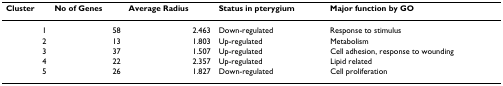
<table><thead><tr><td><b>Cluster</b></td><td><b>No of Genes</b></td><td><b>Average Radius</b></td><td><b>Status in pterygium</b></td><td><b>Major function by GO</b></td></tr></thead><tbody><tr><td>1</td><td>58</td><td>2.463</td><td>Down-regulated</td><td>Response to stimulus</td></tr><tr><td>2</td><td>13</td><td>1.803</td><td>Up-regulated</td><td>Metabolism</td></tr><tr><td>3</td><td>37</td><td>1.507</td><td>Up-regulated</td><td>Cell adhesion, response to wounding</td></tr><tr><td>4</td><td>22</td><td>2.357</td><td>Up-regulated</td><td>Lipid related</td></tr><tr><td>5</td><td>26</td><td>1.827</td><td>Down-regulated</td><td>Cell proliferation</td></tr></tbody></table>